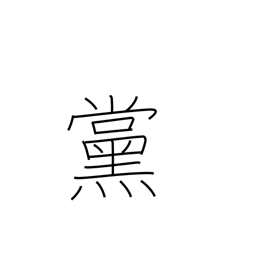
Meaning: faction